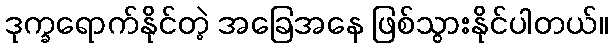
ဒုက္ခရောက်နိုင်တဲ့ အခြေအနေ ဖြစ်သွားနိုင်ပါတယ်။